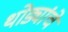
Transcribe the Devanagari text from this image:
थोड्यांचे